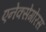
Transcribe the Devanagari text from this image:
एनेक्सेगोरस